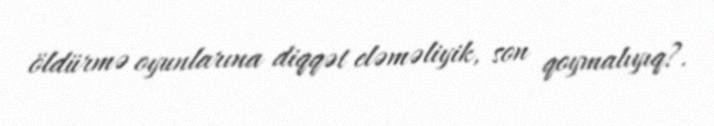
öldürmə oyunlarına diqqət eləməliyik, son qoymalıyıq?.